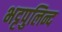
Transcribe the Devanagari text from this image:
भट्टपुलिन्द